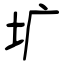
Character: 圹